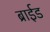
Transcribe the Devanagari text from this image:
ब्राईड